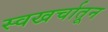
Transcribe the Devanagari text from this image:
स्वखर्चातून